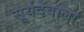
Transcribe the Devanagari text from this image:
सूर्यदेवाला